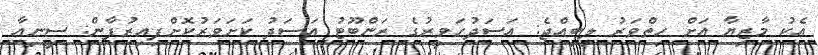
އެކު މާޒިޔާ އަށް ހިތްވަރު ލިބިއްޖެ: އަސަދުހަވީރުގެ ރަންބޫޓު އަސަދު ކަށަވަރުކޮށްފިއިރުފާން: ސީނިއާ